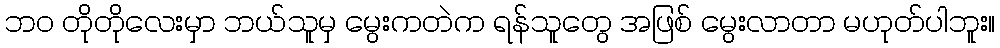
ဘဝ တိုတိုလေးမှာ ဘယ်သူမှ မွေးကတဲက ရန်သူတွေ အဖြစ် မွေးလာတာ မဟုတ်ပါဘူး။